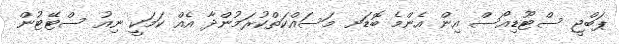
ޕަބްޖީ ސްޓޫޑިއޯސް އިން އެންމެ ބޮޑަށ މަސައްކަތްކުރަމުންދާ އެއް ކަމަކީ ނިއު ސްޓޭޓުން